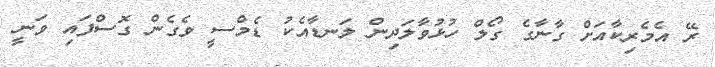
ރޭ އެމެރިކާއަށް ގާނާގެ ގޯލް ހުޅުވާލަދިން ލަނޑާއެކު ޑެމްސީ ވެގެން ގޮސްފައި ވަނީ